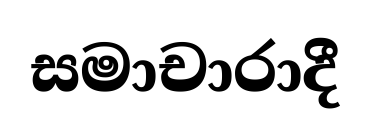
සමාචාරාදී